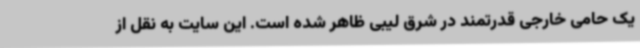
یک حامی خارجی قدرتمند در شرق لیبی ظاهر شده است. این سایت به نقل از